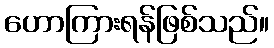
ဟောကြားရန်ဖြစ်သည်။